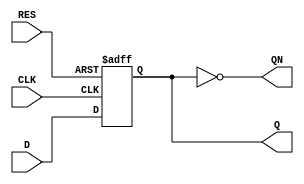
module DFFR_11B(D, CLK, RES, Q, QN);

	 parameter BW = 11;

	 input  signed[BW-1:0] D;
	 input CLK, RES;
	 output  signed[BW-1:0] QN,Q;
	 reg  signed[BW-1:0] Q;

	 always @(posedge CLK or posedge RES) begin
		if( RES == 1'b1)
			Q <= 0;
		else
			Q <= D;
	 end
	 
	 assign QN = ~Q;
	 
endmodule